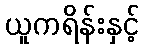
ယူကရိန်းနှင့်